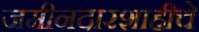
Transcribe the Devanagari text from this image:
जमीनदारशाहीचे